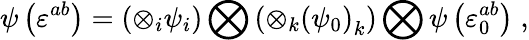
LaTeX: \psi\left(\varepsilon^{ab}\right)=\left(\otimes_{i}\psi_{i}\right)\bigotimes\left(\otimes_{k}{\left(\psi_{0}\right)}_{k}\right)\bigotimes\psi\left(\varepsilon_{0}^{ab}\right)\; ,